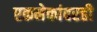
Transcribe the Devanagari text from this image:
एकमेकांवरही